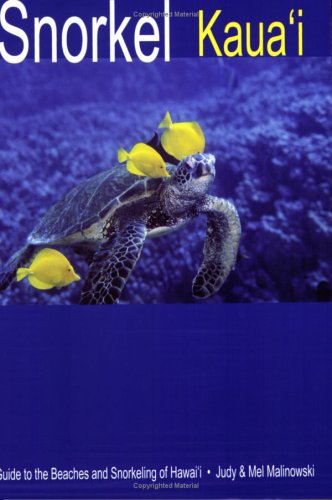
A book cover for Snorkel Kauai: Guide to the Beaches and Snorkeling of Hawai'i, 2nd Edition; Judy Malinowski; Sports & Outdoors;